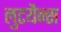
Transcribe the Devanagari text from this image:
लुटयैन्स